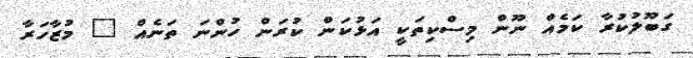
ގަބޫލުކުރާ ކަމެއް ނޫން މިސްކިތަކީ އަޅުކަން ކުރަން ހުންނަ ތަނެއް " މުޒާހަރާ